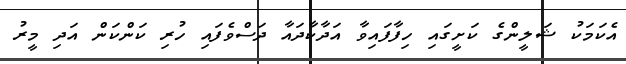
އެކަމަކު ޝަލީންގެ ކަށީގައި ހިފާފައިވާ އަދާކާދައާ ދަސްވެފައި ހުރި ކަންކަން އަދި މީރު